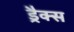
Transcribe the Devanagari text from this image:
ड्रैक्स